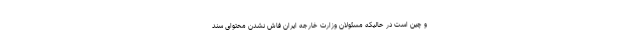
و چین است در حالیکه مسئولان وزارت خارجه ایران فاش نشدن محتوای سند